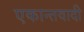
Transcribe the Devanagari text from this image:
एकान्तवादी